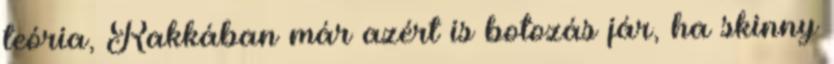
teória, Rakkában már azért is botozás jár, ha skinny